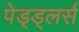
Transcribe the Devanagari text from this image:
पेड्ड्लर्स